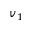
v _ { 1 }